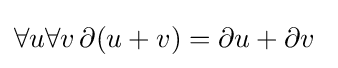
\forall u\forall v\,\partial (u+v)=\partial u+\partial v\